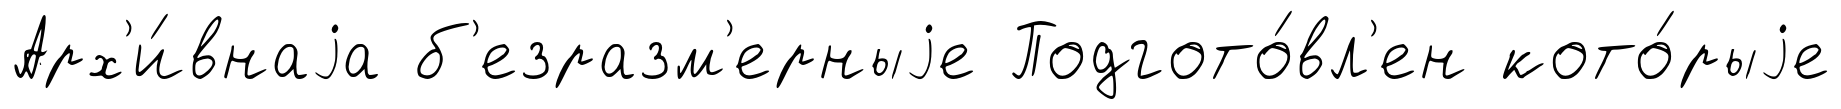
Арх'и́внаjа б'езразм'ерныjе Подгото́вл'ен кото́рыjе